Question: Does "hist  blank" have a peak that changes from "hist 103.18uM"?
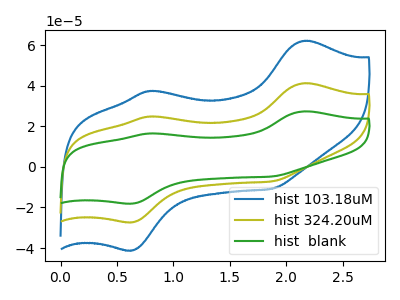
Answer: <think>The blue curve "hist 103.18uM" has anodic peaks at (2.15V, 62.15uA) (0.80V, 37.45uA) and cathodic peaks at (0.60V, -41.15uA) (1.85V, -10.85uA). The olive curve "hist 324.20uM" has anodic peaks at (2.15V, 41.20uA) (0.80V, 24.85uA) and cathodic peaks at (0.60V, -27.30uA) (1.85V, -7.20uA). The green curve "hist  blank" has anodic peaks at (2.15V, 82.45uA) (0.80V, 49.65uA) and cathodic peaks at (0.60V, -54.65uA) (1.85V, -14.35uA).
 All the peaks in "hist  blank" have a peak in "hist 103.18uM" at the same potential. Every peak in "hist  blank" is higher than every peak in "hist 103.18uM".</think>
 <answer>No, "hist  blank" and "hist 103.18uM" don't appear to be significantly different in shape</answer>
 <eval>no_change</eval>